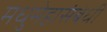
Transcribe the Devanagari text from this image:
मधुमेहासंबंधी